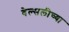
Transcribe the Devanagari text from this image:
वेल्सलीच्या